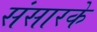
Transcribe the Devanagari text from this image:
संसारके